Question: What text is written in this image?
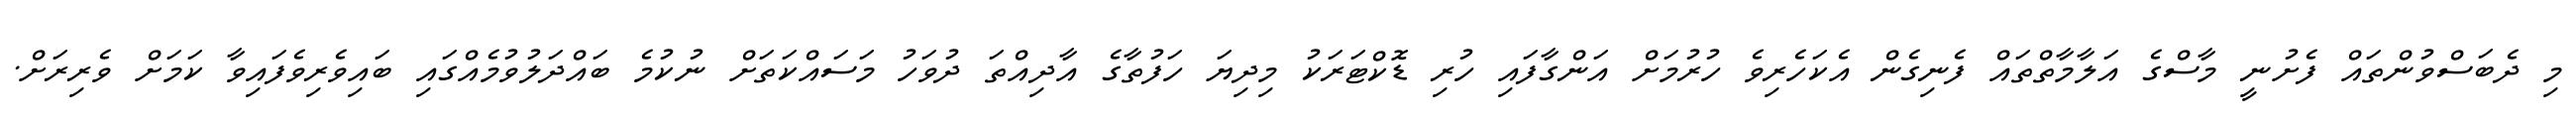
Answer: މި ދެބަސްވުންތައް ފެށުނީ މާސްގެ އަލާމާތްތައް ފެނިގެން އެކަހެރިވެ ހުރުމަށް އަންގާފައި ހުރި ޑޮކްޓަރަކު މިދިޔަ ހަފުތާގެ އާދިއްތަ ދުވަހު މަސައްކަތަށް ނުކުމެ ބައްދަލުވުމެއްގައި ބައިވެރިވެފައިވާ ކަމަށް ވެރިރަށް.